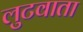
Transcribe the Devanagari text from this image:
लुटवाता